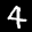
Label: 4